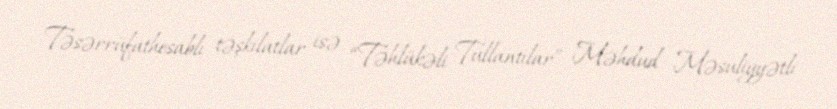
Təsərrüfathesablı təşkilatlar isə “Təhlükəli Tullantılar” Məhdud Məsuliyyətli